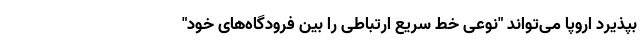
بپذیرد اروپا می‌تواند "نوعی خط سریع ارتباطی را بین فرودگاه‌های خود"